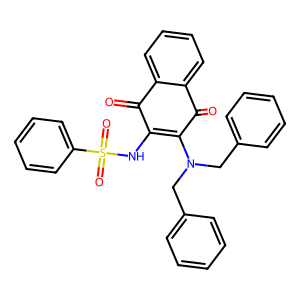
SMILES: O=C1C(NS(=O)(=O)c2ccccc2)=C(N(Cc2ccccc2)Cc2ccccc2)C(=O)c2ccccc21
Inhibits HIV replication: No